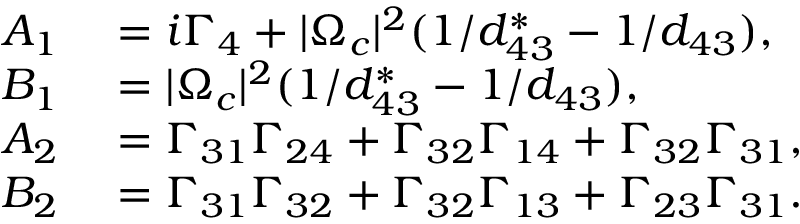
\begin{array} { r l } { A _ { 1 } } & { { } = i \Gamma _ { 4 } + | \Omega _ { c } | ^ { 2 } ( 1 / d _ { 4 3 } ^ { \ast } - 1 / d _ { 4 3 } ) , } \\ { B _ { 1 } } & { { } = | \Omega _ { c } | ^ { 2 } ( 1 / d _ { 4 3 } ^ { \ast } - 1 / d _ { 4 3 } ) , } \\ { A _ { 2 } } & { { } = \Gamma _ { 3 1 } \Gamma _ { 2 4 } + \Gamma _ { 3 2 } \Gamma _ { 1 4 } + \Gamma _ { 3 2 } \Gamma _ { 3 1 } , } \\ { B _ { 2 } } & { { } = \Gamma _ { 3 1 } \Gamma _ { 3 2 } + \Gamma _ { 3 2 } \Gamma _ { 1 3 } + \Gamma _ { 2 3 } \Gamma _ { 3 1 } . } \end{array}